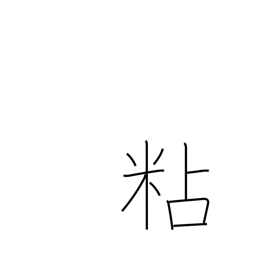
Meaning: persevere